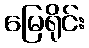
မြေရိုင်း